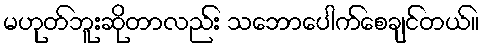
မဟုတ်ဘူးဆိုတာလည်း သဘောပေါက်စေချင်တယ်။